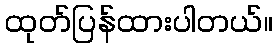
ထုတ်ပြန်ထားပါတယ်။